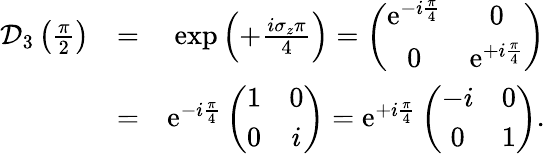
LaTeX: \begin{array}{rlr}{\mathcal{D}_{3}\left(\frac{\pi}{2}\right)}&{=}&{\exp\left(+\frac{i\sigma_{z}\pi}{4}\right)=\left(\begin{array}{cc}{\mathrm{e}^{-i\frac{\pi}{4}}}&{0}\\ {0}&{\mathrm{e}^{+i\frac{\pi}{4}}}\end{array}\right)}\\ &{=}&{\mathrm{e}^{-i\frac{\pi}{4}}\left(\begin{array}{cc}{1}&{0}\\ {0}&{i}\end{array}\right)=\mathrm{e}^{+i\frac{\pi}{4}}\left(\begin{array}{cc}{-i}&{0}\\ {0}&{1}\end{array}\right).}\end{array}